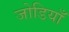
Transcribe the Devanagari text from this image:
जोडियाँ